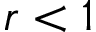
r < 1